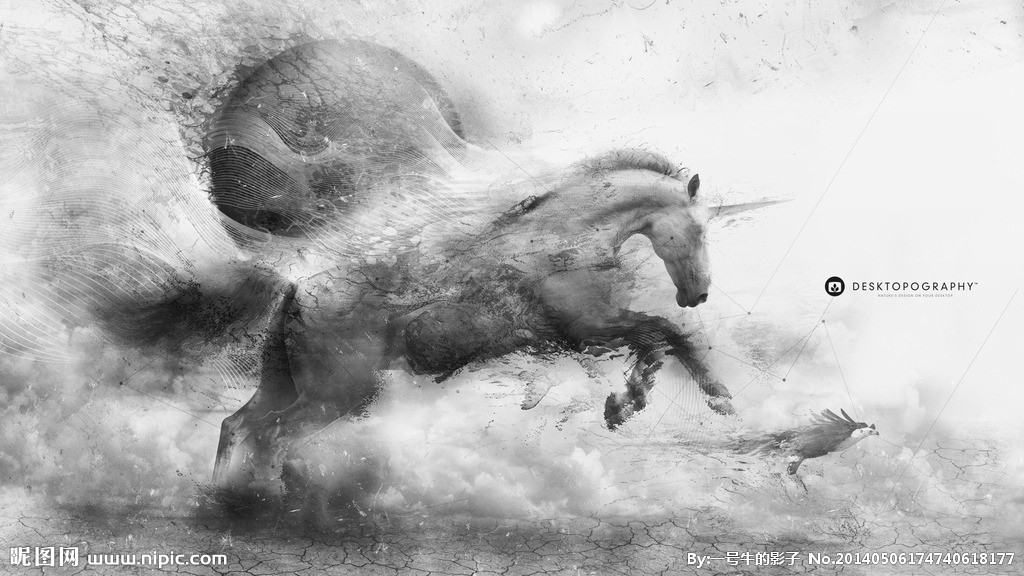
马影鸡声，谙尽倦邮荒馆。